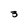
Character: 3